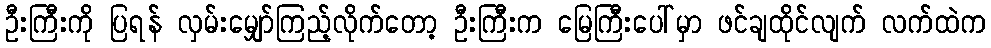
ဦးကြီးကို ပြရန် လှမ်းမျှော်ကြည့်လိုက်တော့ ဦးကြီးက မြေကြီးပေါ်မှာ ဖင်ချထိုင်လျက် လက်ထဲက